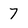
Character: 7